Scottish Leaving Certificate Examination, 1960
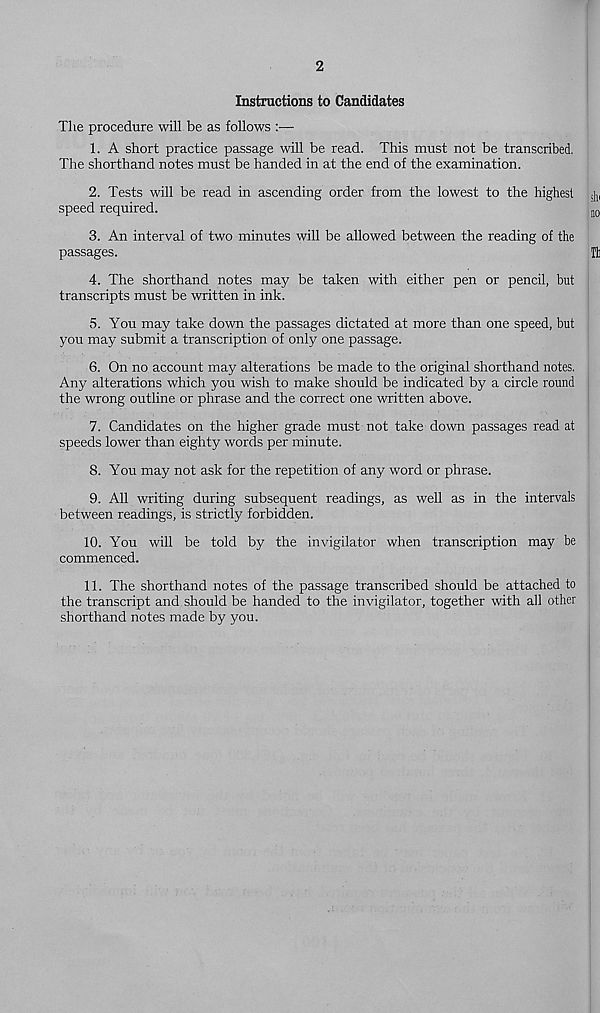
2
Instructions to Candidates
The procedure will be as follows :—
1. A short practice passage will be read. This must not be transcribed.
The shorthand notes must be handed in at the end of the examination.
2. Tests will be read in ascending order from the lowest to the highest s ] )(
speed required.
jq
3. An interval of two minutes will be allowed between the reading of the
passages.
Tt
4. The shorthand notes may be taken with either pen or pencil, but
transcripts must be written in ink.
5. You may take down the passages dictated at more than one speed, but
you may submit a transcription of only one passage.
6. On no account may alterations be made to the original shorthand notes.
Any alterations which you wish to make should be indicated by a circle round
the wrong outline or phrase and the correct one written above.
7. Candidates on the higher grade must not take down passages read at
speeds lower than eighty words per minute.
8. You may not ask for the repetition of any word or phrase.
9. All writing during subsequent readings, as well as in the intervals
between readings, is strictly forbidden.
10. You will be told by the invigilator when transcription may be
commenced.
11. The shorthand notes of the passage transcribed should be attached to
the transcript and should be handed to the invigilator, together with all other
shorthand notes made by you.